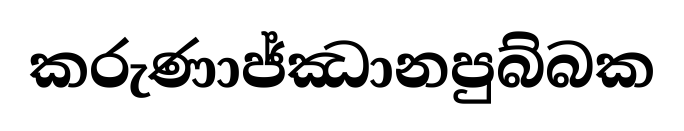
කරුණාජ්ඣානපුබ්බක